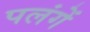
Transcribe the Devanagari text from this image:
पलंगें